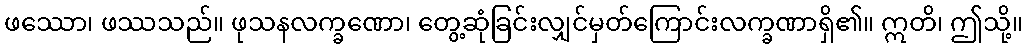
ဖဿော၊ ဖဿသည်။ ဖုသနလက္ခဏော၊ တွေ့ဆုံခြင်းလျှင်မှတ်ကြောင်းလက္ခဏာရှိ၏။ ဣတိ၊ ဤသို့။